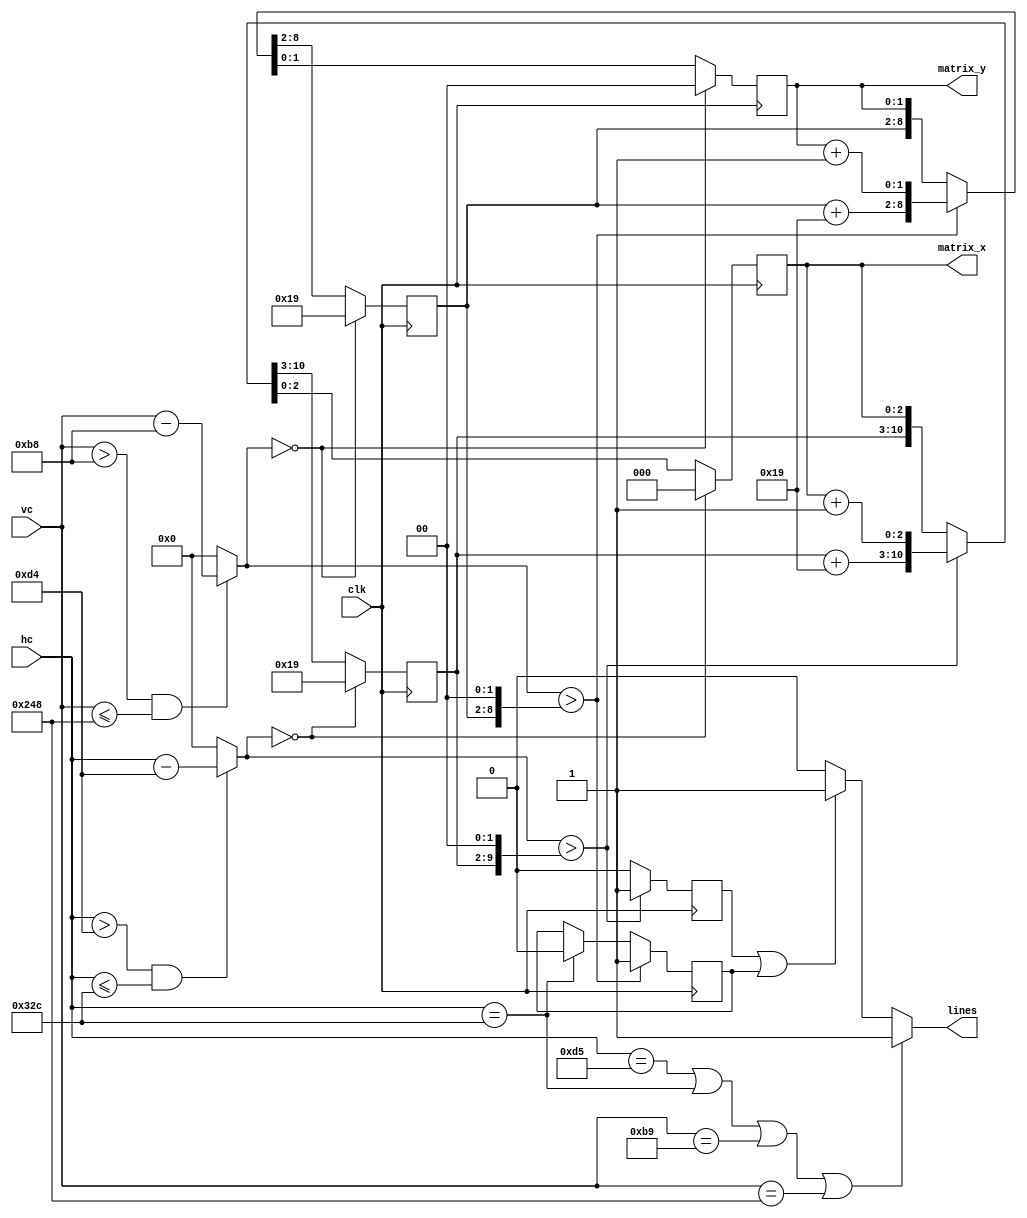
module template_6x4_600x400(clk, hc, vc, matrix_x, matrix_y, lines);
	input clk;
	input [10:0] hc;
	input [10:0] vc;
	output reg[2:0]matrix_x = 3'd0;
	output reg[1:0]matrix_y = 2'd0;
	output reg lines;
	parameter d_col=8'b1_1001;		
	parameter d_row=7'b1_1001;		
	parameter zeros_col=2'd0;
	parameter zeros_row=2'd0;
	reg [7:0]col=d_col;	
	reg [6:0]row=d_row;		
	reg [7:0]col_next;
	reg [6:0]row_next;
	reg [2:0]matrix_x_next;
	reg [1:0]matrix_y_next;
	wire [10:0]hc_template, vc_template;
	parameter CUADRILLA_XI = 		212;
	parameter CUADRILLA_XF = 		812;
	parameter CUADRILLA_YI = 		184;
	parameter CUADRILLA_YF = 		584;
	assign hc_template = ( (hc > CUADRILLA_XI) && (hc <= CUADRILLA_XF) )?hc - CUADRILLA_XI: 11'd0;
	assign vc_template = ( (vc > CUADRILLA_YI) && (vc <= CUADRILLA_YF) )?vc - CUADRILLA_YI: 11'd0;
	always@(*)
		if(hc_template == 'd0)
			{col_next, matrix_x_next} = {d_col, 3'd0};
		else if(hc_template > {col, zeros_col})
			{col_next, matrix_x_next} = {col + d_col, matrix_x + 3'd1};
		else
			{col_next,matrix_x_next} = {col, matrix_x};
	always@(*)
		if(vc_template == 'd0)
			{row_next,matrix_y_next} = {d_row, 2'd0};
		else if(vc_template > {row, zeros_row})
			{row_next, matrix_y_next} = {row + d_row, matrix_y + 2'd1};
		else
			{row_next, matrix_y_next} = {row, matrix_y};
	reg lin_v, lin_v_next;
	reg lin_h, lin_h_next;
	always@(*)
	begin
		if(hc_template > {col, zeros_col})
			lin_v_next = 1'b1;
		else
			lin_v_next = 1'b0;
		if(vc_template > {row, zeros_row})
			lin_h_next = 1'b1;
		else if(hc == CUADRILLA_XF)
			lin_h_next = 1'b0;
		else
			lin_h_next = lin_h;
	end
	always@(posedge clk)
		{col, row, matrix_x, matrix_y} <= {col_next, row_next, matrix_x_next, matrix_y_next};
	always@(posedge clk)
		{lin_v, lin_h} <= {lin_v_next, lin_h_next};
	always@(*)
		if( (hc == (CUADRILLA_XI + 11'd1)) || (hc == CUADRILLA_XF) ||
		  (vc == (CUADRILLA_YI + 11'd1)) || (vc == CUADRILLA_YF) )
			lines = 1'b1;
		else if( (lin_v == 1'b1) || (lin_h == 1'b1))
			lines = 1'b1;
		else
			lines = 1'b0;
endmodule